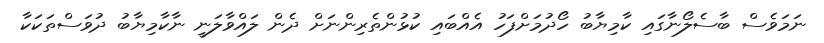
ނަމަވެސް ބާސެލޯނާގައި ކާމިޔާބު ހޯދުމަށްފަހު އެއްބައި ކުޅުންތެރިންނަށް ދެން ލައްވާލަނީ ނާކާމިޔާބު ދުވަސްތަކަކާ